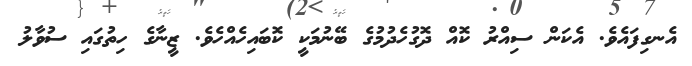
އެނގިފައެވެ. އެކަން ސިއްރު ކޮއް ދޮގުހެދުމުގެ ބޭނުމަކީ ކޮބައިހެއްހެވެ. ޒީނާގެ ހިތުގައި ސުވާލު